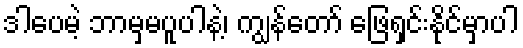
ဒါပေမဲ့ ဘာမှမပူပါနဲ့၊ ကျွန်တော် ဖြေရှင်းနိုင်မှာပါ